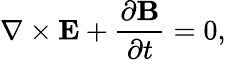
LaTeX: \nabla\times{\mathbf E}+\frac{\partial{\mathbf B}}{\partial t}=0,